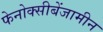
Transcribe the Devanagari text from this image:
फेनोक्सीबेंजामीन